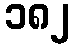
၁၈၂